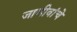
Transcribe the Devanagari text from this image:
जाणीवांचे